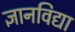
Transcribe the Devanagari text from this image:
ज्ञानविद्या